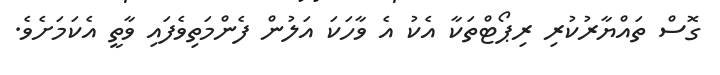
ގޮސް ތައްޔާރުކުރި ރިޕޯޓްތަކާ އެކު އެ ވާހަކަ އަލުން ފެންމަތިވެފައި ވާތީ އެކަމަށެވެ.